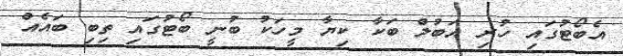
އެބޯޓުގައި ހުރި އަބުލް ބަކާ ކިޔާ މީހަކު ބުނީ ބޯޓުގައި ތިބި ބައެއް